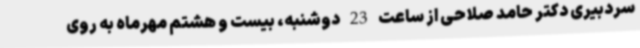
سردبیری دکتر حامد صلاحی از ساعت 23 دوشنبه، بیست و هشتم مهرماه به روی